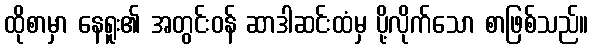
ထိုစာမှာ နေရူး၏ အတွင်းဝန် ဆာဒါဆင်းထံမှ ပို့လိုက်သော စာဖြစ်သည်။